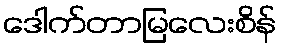
ဒေါက်တာမြလေးစိန်